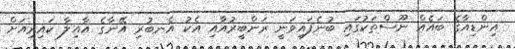
އިންޑިއާގެ ބައެއް ނޫސްތަކުގައި ބުނެފައިވަނީ ރަންބީރުއާއި އެކު އެނބުރި އޭނާގެ އާއިލާ ކައިރިއަށް